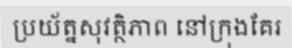
ប្រយ័ត្នសុវត្ថិភាព នៅក្រុងគែរ